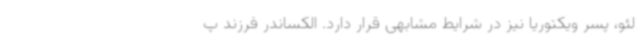
لئو، پسر ویکتوریا نیز در شرایط مشابهی قرار دارد. الکساندر فرزند پ